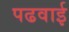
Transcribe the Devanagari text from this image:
पढवाई